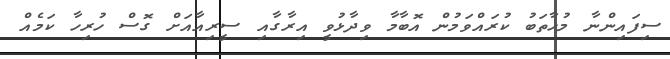
ސިފައިންނާ މުހާތަބު ކުރައްވަމުން އޮބާމާ ވިދާޅުވީ އިރާގާއި ސީރިއާއަށް ގޮސް ހުރިހާ ކަމެއް